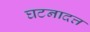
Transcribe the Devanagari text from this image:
घटनादत्त